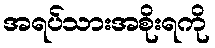
အရပ်သားအစိုးရကို